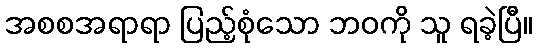
အစစအရာရာ ပြည့်စုံသော ဘဝကို သူ ရခဲ့ပြီ။